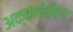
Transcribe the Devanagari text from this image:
अक्कादेवीच्या